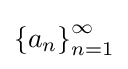
{\left\{a_{n}\right\}}_{n=1}^{\infty }